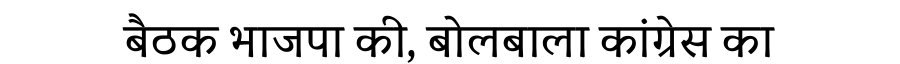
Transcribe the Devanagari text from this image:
बैठक भाजपा की, बोलबाला कांग्रेस का